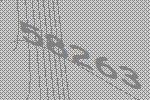
58263